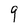
Character: 9